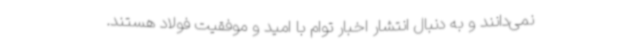
نمی‌دانند و به دنبال انتشار اخبار توام با امید و موفقیت فولاد هستند.